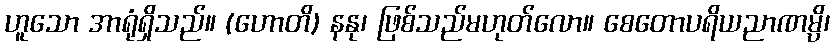
ဟူသော အာရုံရှိသည်။ (ဟောတိ) နနု၊ ဖြစ်သည်မဟုတ်လော။ စေတောပရိယညာဏမ္ပိ၊